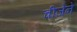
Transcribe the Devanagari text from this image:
चीजेने